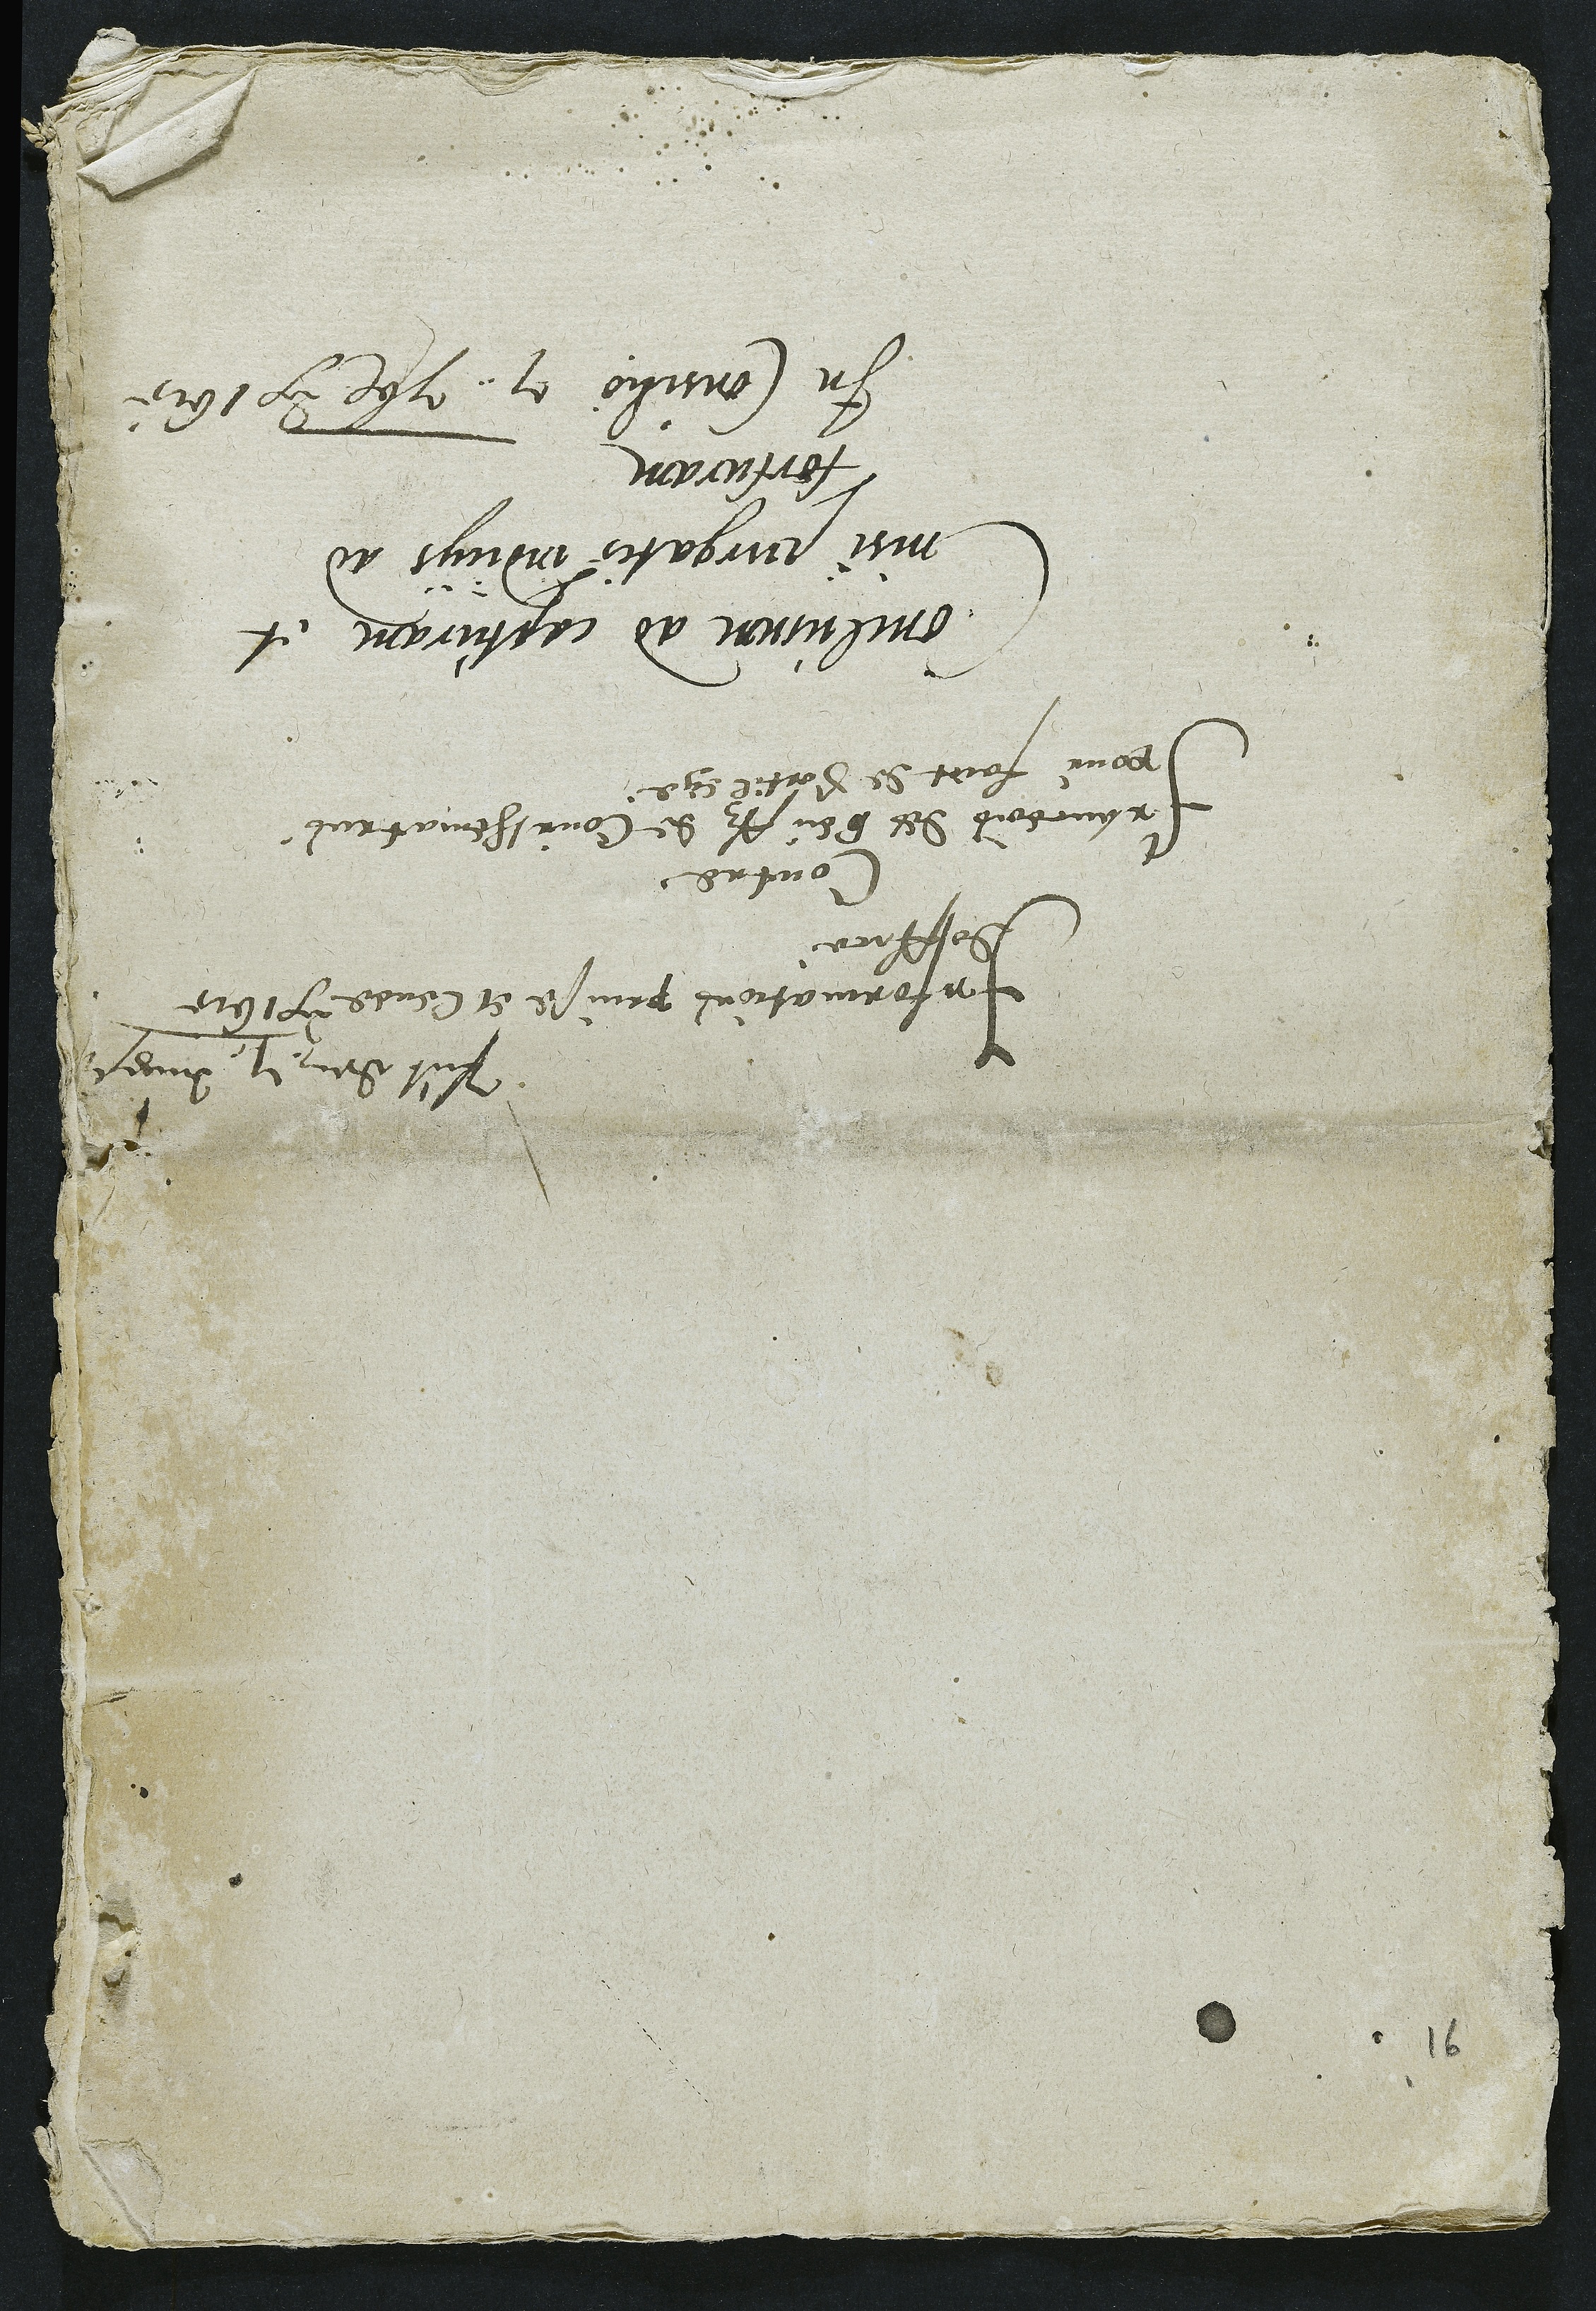
Presentatum dem 7. August
Anno 1615
Informations prinse et levee
doffice
Contre
Franceois des beuffz de Courthematrus
pour faict de Sortilege
Conclusum ad capturam et
nisi purgatis indiciis ad
torturam
In Consilio 7. 7bre Anno 1615